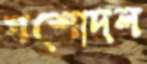
যশোদল